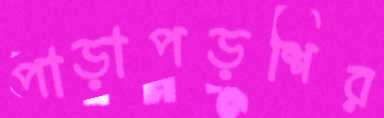
পাড়াপড়শির